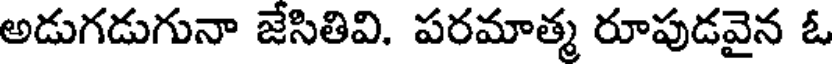
అడుగడుగునా జేసితివి. పరమాత్మ రూపుడవైన ఓ